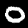
Digit: 0